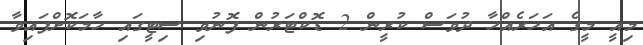
މިއީ މީގެ އަހަރެއްހާ ދުވަސް ކުރީން 2 ޑޮކްޓަރުން ފޮނުވި ސިޓީގައި ހާމަކޮށްފައިވާ